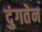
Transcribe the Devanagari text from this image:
दुंगतेन